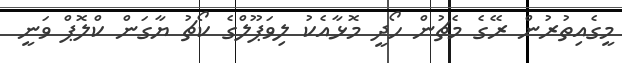
މީގެއިތުރުން ރޭގެ މެޗުން ހޯދީ މޮޅާއެކު ލިވަޕޫލްގެ ކޯޗު ޔާގަން ކްލޮޕް ވަނީ